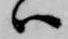
ハ